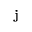
\mathbf { j }